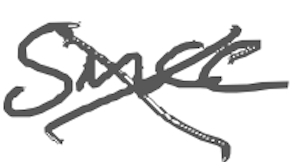
Text: Since
Cross-out: cross
Writing tool: digital_gray